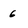
Character: 6